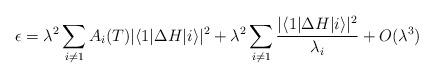
LaTeX: \begin{align*}\epsilon=\lambda^2\sum_{i\neq1}A_i(T)|\langle1|\Delta H|i\rangle|^2+\lambda^2\sum_{i\neq1}\frac{|\langle1|\Delta H|i\rangle|^2}{\lambda_i}+O(\lambda^3)\end{align*}